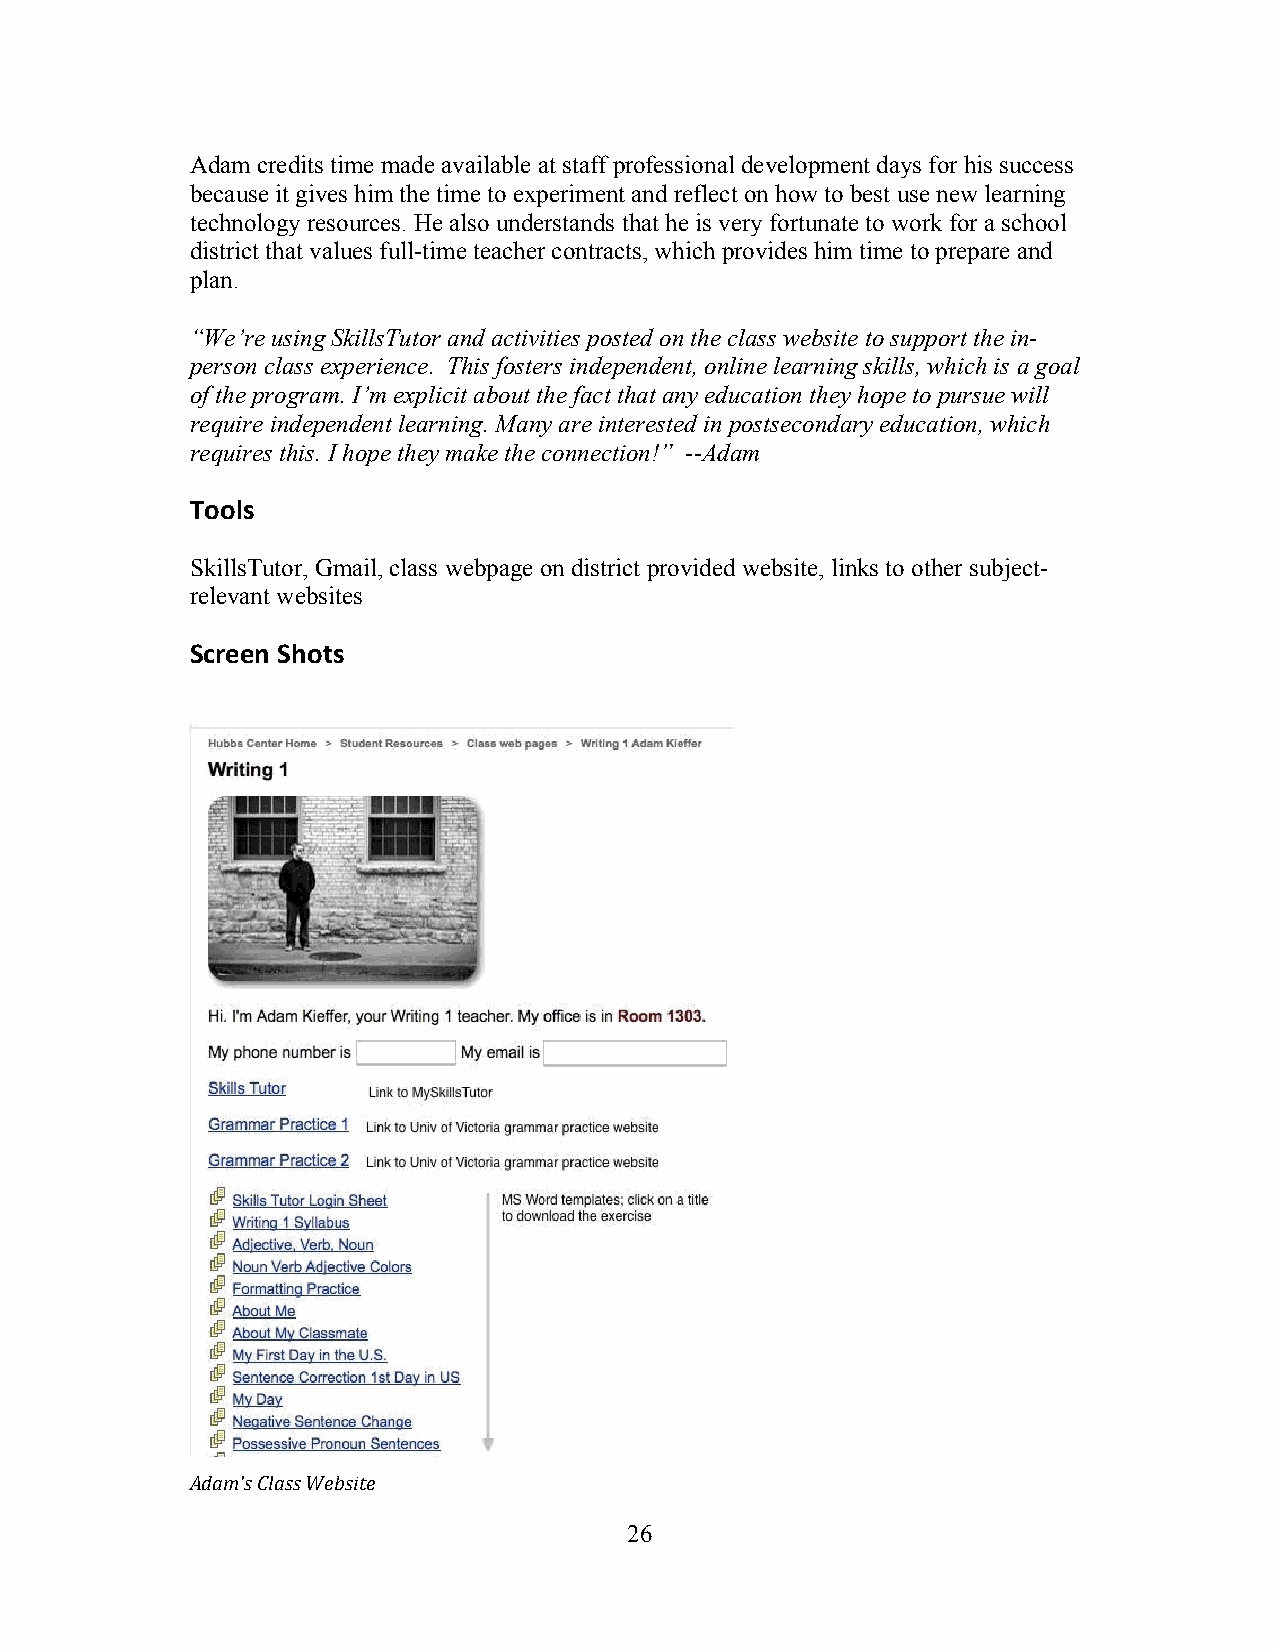
Adam credits time made available at staff professional development days for his success
 because it gives him the time to experiment and reflect on how to best use new learning
 technology resources. He also understands that he is very fortunate to work for a school
 district that values full-time teacher contracts, which provides him time to prepare and
 plan.
 “We’re using SkillsTutor and activities posted on the class website to support the in-
 person class experience. This fosters independent, online learning skills, which is a goal
 of the program. I’m explicit about the fact that any education they hope to pursue will
 require independent learning. Many are interested in postsecondary education, which
 requires this. I hope they make the connection!” --Adam
 Tools
 SkillsTutor, Gmail, class webpage on district provided website, links to other subject-
 relevant websites
 Screen Shots
 Adam's Class Website
 2 6